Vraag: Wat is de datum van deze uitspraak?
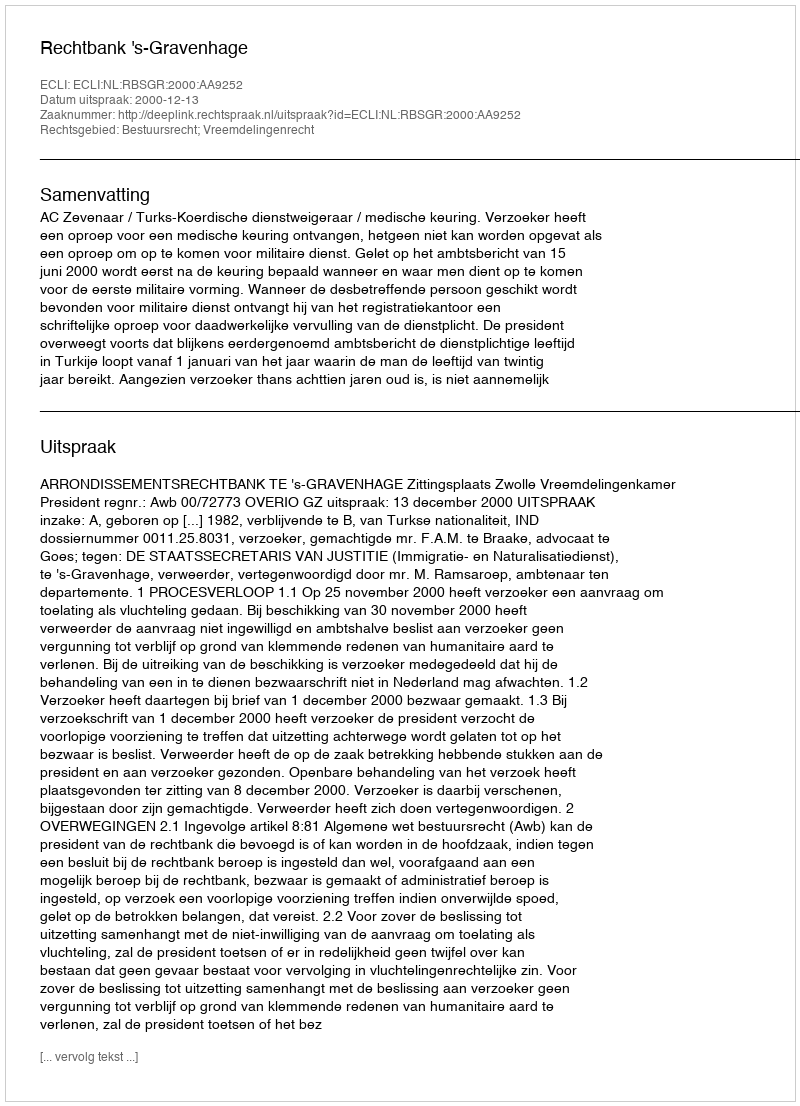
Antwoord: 2000-12-13